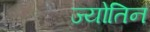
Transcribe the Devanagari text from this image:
ज्योतिन